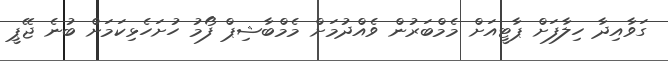
ގަވާއިދާ ހިލާފަށް ޕާޓީއަށް މެމްބަރުން ވެއްދުމަށް މެމްބާޝިޕް ފޯމު ހުށަހެޅިކަމަށް ބުނެ ޖޭޕީ